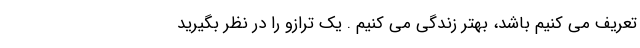
تعریف می کنیم باشد، بهتر زندگی می کنیم . یک ترازو را در نظر بگیرید